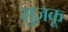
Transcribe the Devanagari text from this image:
सुज़कू